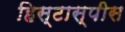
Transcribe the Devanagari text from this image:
हिस्टास्पीस